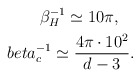
\begin{align*}\beta_H^{-1} \simeq 10 \pi, \ \ \ \\beta_c^{-1} \simeq \frac{4\pi \cdot 10^2}{d-3}.\end{align*}